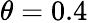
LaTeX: \theta=0.4